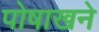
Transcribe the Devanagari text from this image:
पोषाखने